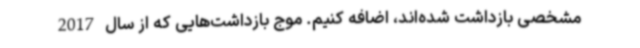
مشخصی بازداشت شده‌اند، اضافه کنیم. موج بازداشت‌هایی که از سال 2017